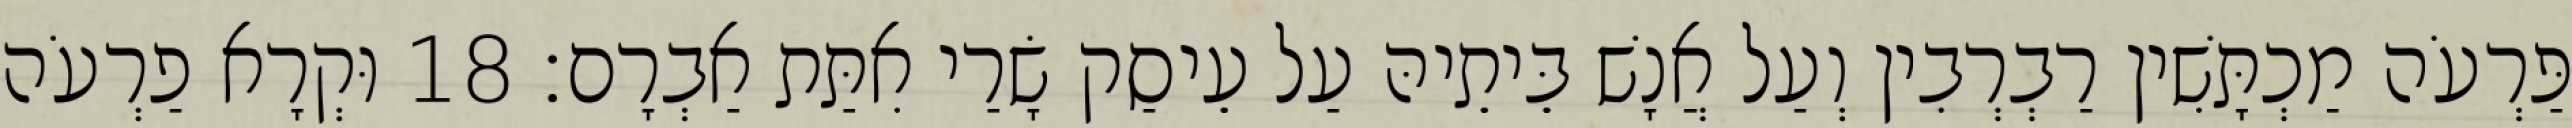
פַּרְעֹה מַכְתָּשִׁין רַבְרְבִין וְעַל אֲנָשׁ בֵּיתֵיהּ עַל עֵיסַק שָׂרַי אִתַּת אַבְרָם׃ 18 וּקְרָא פַרְעֹה